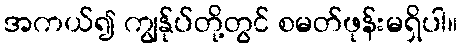
အကယ်၍ ကျွန်ုပ်တို့တွင် စမတ်ဖုန်းမရှိပါ။